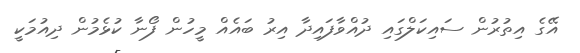
އޭގެ އިތުރުން ސައިކަލްގައި ދުއްވާފައިދާ އިރު ބައެއް މީހުން ފޯނާ ކުޅެމުން ދިއުމަކީ